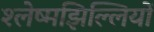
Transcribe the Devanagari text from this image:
श्लेष्मझिल्लियों